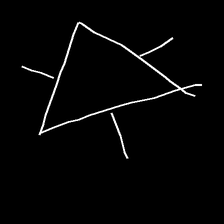
Glyph: fire